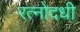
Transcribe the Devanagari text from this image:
रत्नोदधी